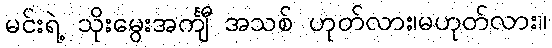
မင်းရဲ့ သိုးမွေးအင်္ကျီ အသစ် ဟုတ်လား၊မဟုတ်လား။